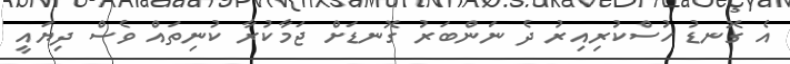
އެ ގޮނޑު ހުސްކުރިއިރު ދެ ނަންބަރު ގޮނޑަށް ޖަމާކުރާ ކުނިތައް ވެސް ދިޔައީ